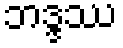
ဘဒ္ဒဿ